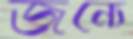
জন্যে